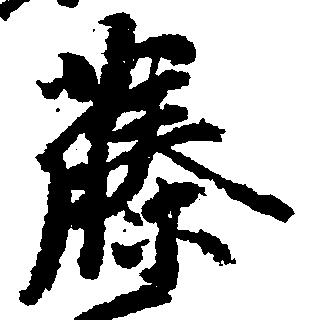
藤